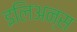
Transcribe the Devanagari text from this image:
इलिअन्स